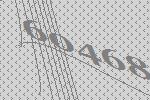
60468